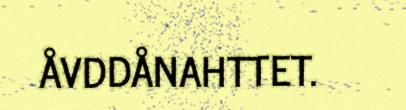
ÅVDDÅNAHTTET.